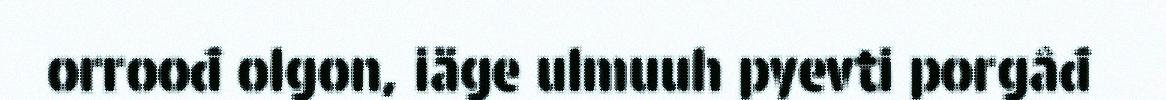
orroođ olgon, iäge ulmuuh pyevti porgâđ